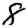
Digit: 8